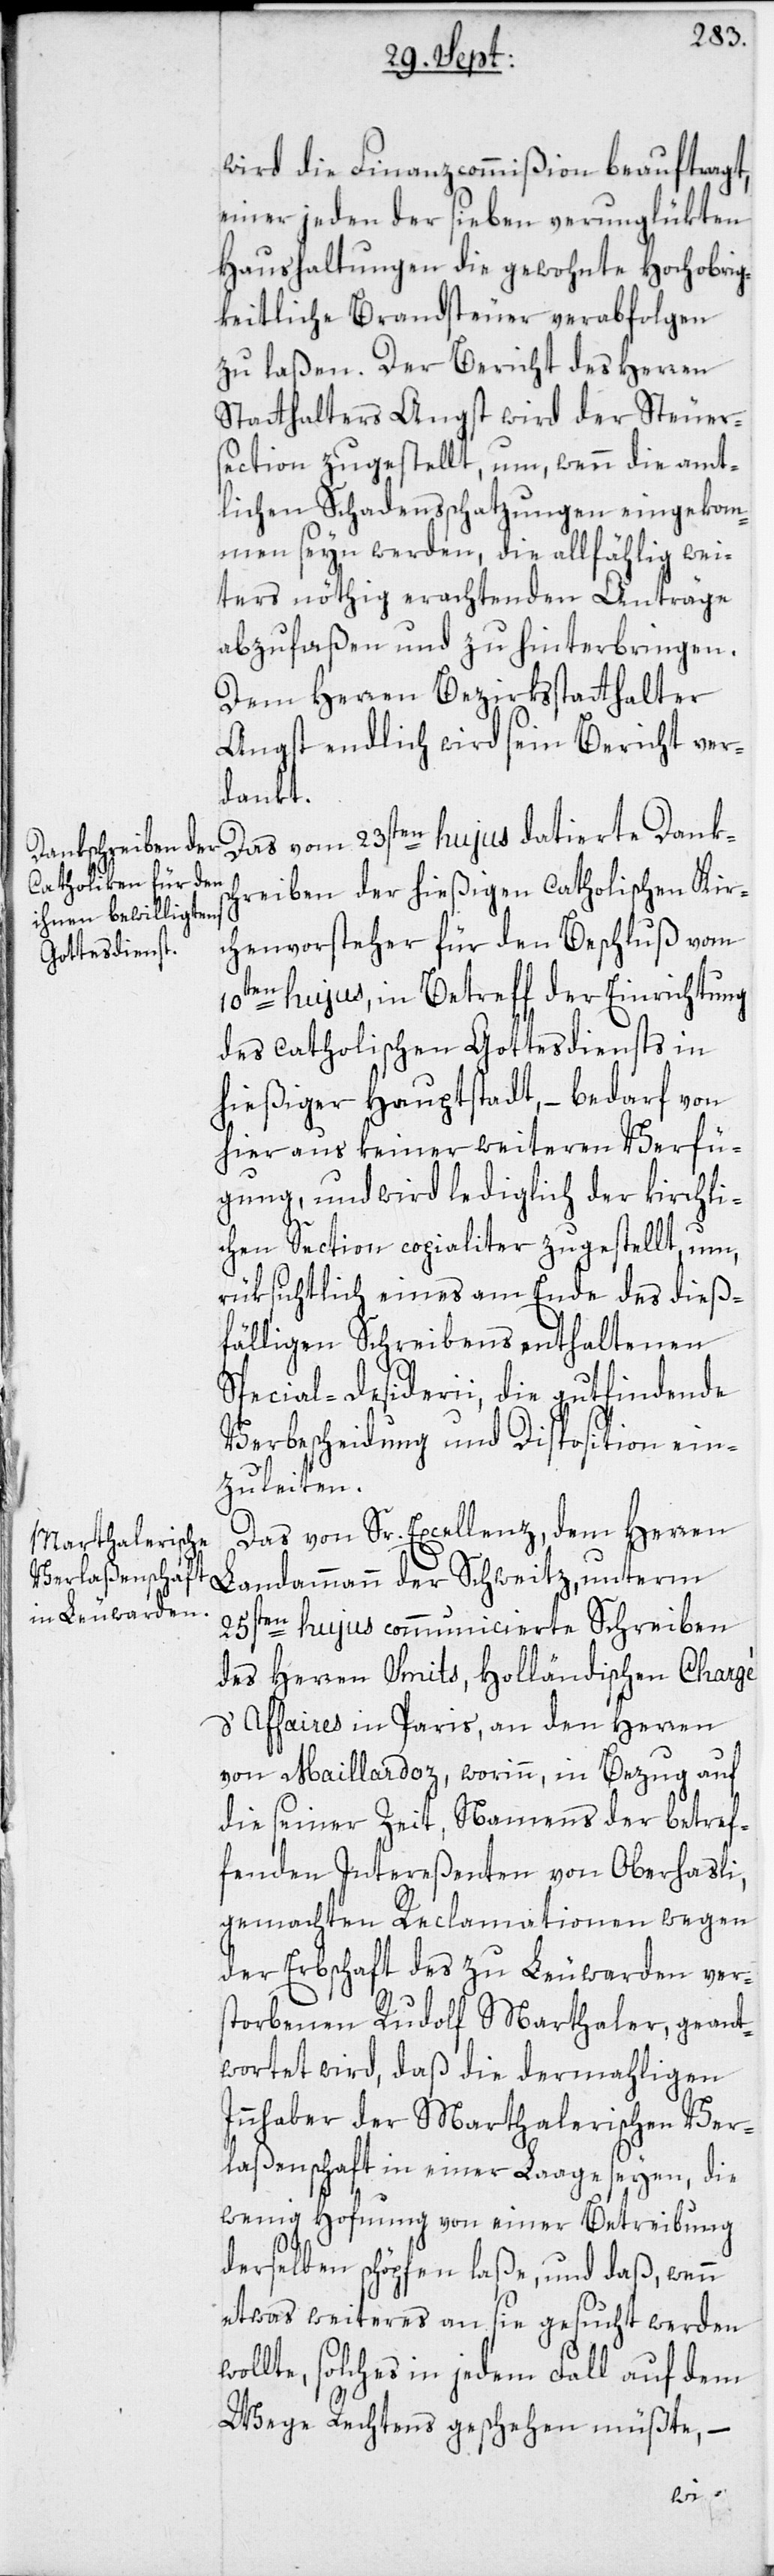
wird die Finanzcommißion beauftragt,
einer jeden der sieben verunglükten
Haushaltungen die gewohnte Hochobrig¬
keitliche Brandsteuer verabfolgen
zu laßen. Der Bericht des Herren
Statthalters Angst wird der Steuer¬
section zugestellt, um, wenn die amt¬
lichen Schadensschatzungen eingekom¬
men seyn werden, die allfählig wei¬
ters nöthig erachtenden Anträge
abzufaßen und zu hinterbringen.
Dem Herren Bezirksstatthalter
Angst endlich wird sein Bericht ver¬
dankt.
Das vom 23sten hujus datierte Danksc¬
hreiben der hießigen Catholischen Kir¬
chenvorsteher für den Beschluß vom
10ten hujus, in Betreff der Einrichtung
des Catholischen Gottesdiensts in
hießiger Hauptstadt, – bedarf von
hier aus keiner weiteren Verfü¬
gung, und wird lediglich der kirchli¬
chen Section copialiter zugestellt, um,
rüksichtlich eines am Ende des dieß¬
fälligen Schreibens enthaltenen
Special-Desiderii, die gutfindende
Verbescheidung und Diposition ein¬
zuleiten.
Das von Sr. Excellenz, dem Herren
25sten hujus communicierte Schreiben
des Herren Smits, Holländischen Chargé
d’Affaires in Paris, an den Herren
von Maillardoz, worinn, in Bezug auf
die seiner Zeit, Namens der betref¬
fenden Intereßenten von Oberhasli,
gemachten Reclamationen wegen
der Erbschaft des zu Leuwarden ver¬
storbenen Rudolf Marthaler, geant¬
wortet wird, daß die dermahligen
Innhaber der Marthalerischen Ver¬
laßenschaft in einer Laage seyen, die
wenig Hofnung von einer Betreibung
derselben schöpfen laße, und daß, wenn
etwas weiteres an sie gesucht werden
lte, solches in jedem Fall auf dem
Wege Rechtens geschehen müßte, –
wol¬